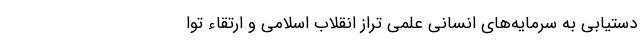
دستیابی به سرمایه­های انسانی علمی تراز انقلاب اسلامی و ارتقاء توا